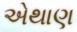
એથાણ